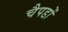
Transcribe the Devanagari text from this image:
चैपडों